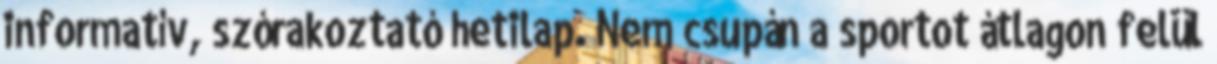
informatív, szórakoztató hetilap. Nem csupán a sportot átlagon felül